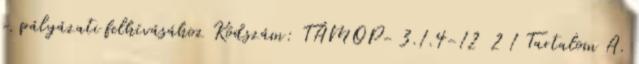
c. pályázati felhívásához Kódszám: TÁMOP- 3.1.4-12 2 1 Tartalom A.